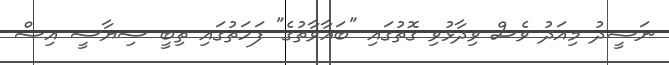
ނަޝީދު މިއަދު ވެސް ވިދާޅުވި ގޮތުގައި "ބަޣާވާތުގެ" ފަހަތުގައި ތިބީ ސިޔާސީ އިސް